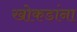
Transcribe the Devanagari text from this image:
खोकडांना